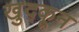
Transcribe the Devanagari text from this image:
खुद्कून